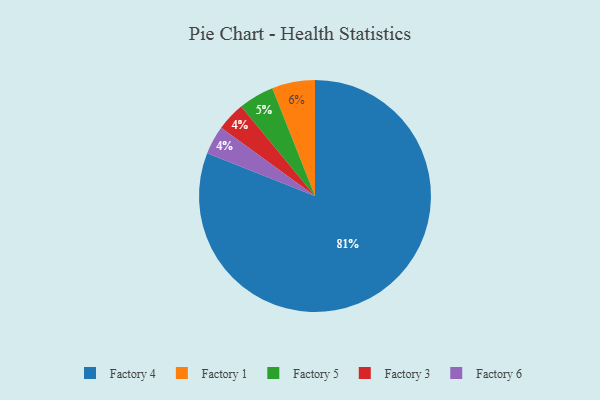
{"axis": {"x": "Category", "y": "Percentage"}, "legend": ["Factory 1", "Factory 3", "Factory 4", "Factory 5", "Factory 6"], "data": [{"x": "Factory 3", "y": 4, "type": "Factory 3"}, {"x": "Factory 4", "y": 81, "type": "Factory 4"}, {"x": "Factory 1", "y": 6, "type": "Factory 1"}, {"x": "Factory 6", "y": 4, "type": "Factory 6"}, {"x": "Factory 5", "y": 5, "type": "Factory 5"}]}